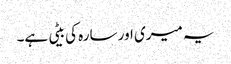
یہ میری اور سارہ کی بیٹی ہے۔